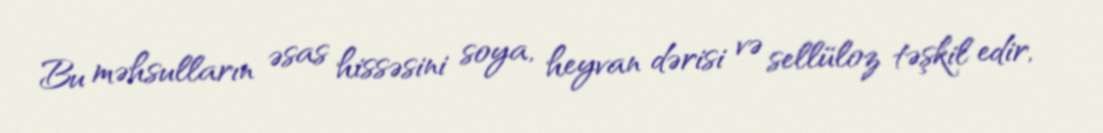
Bu məhsulların əsas hissəsini soya, heyvan dərisi və sellüloz təşkil edir,